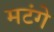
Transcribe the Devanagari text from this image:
मटंगे